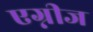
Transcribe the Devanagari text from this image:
एग्नीज